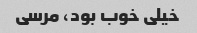
خیلی خوب بود، مرسی